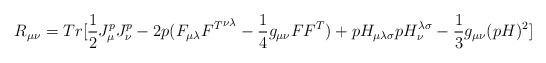
\begin{align*}R_{\mu \nu} = Tr [\frac {1}{2}J^p_{\mu}J^p_{\nu} - 2p(F_{\mu \lambda}{F^T}^{\nu \lambda} - \frac {1}{4}g_{\mu \nu}FF^T) +pH_{\mu \lambda \sigma}pH_{\nu}^{\lambda \sigma} - \frac {1}{3}g_{\mu \nu}(pH)^2]\end{align*}